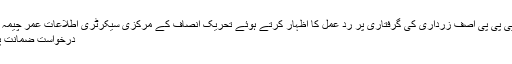
سابق صدر اور شریک چیئرمین پی پی پی آصف زرداری کی گرفتاری پر رد عمل کا اظہار کرتے ہوئے تحریک انصاف کے مرکزی سیکرٹری اطلاعات عمر چیمہ کا کہنا تھا کہ آصف زرداری کی
درخواست ضمانت پر فیصلہ منطقی اور قابل فہم ہے۔